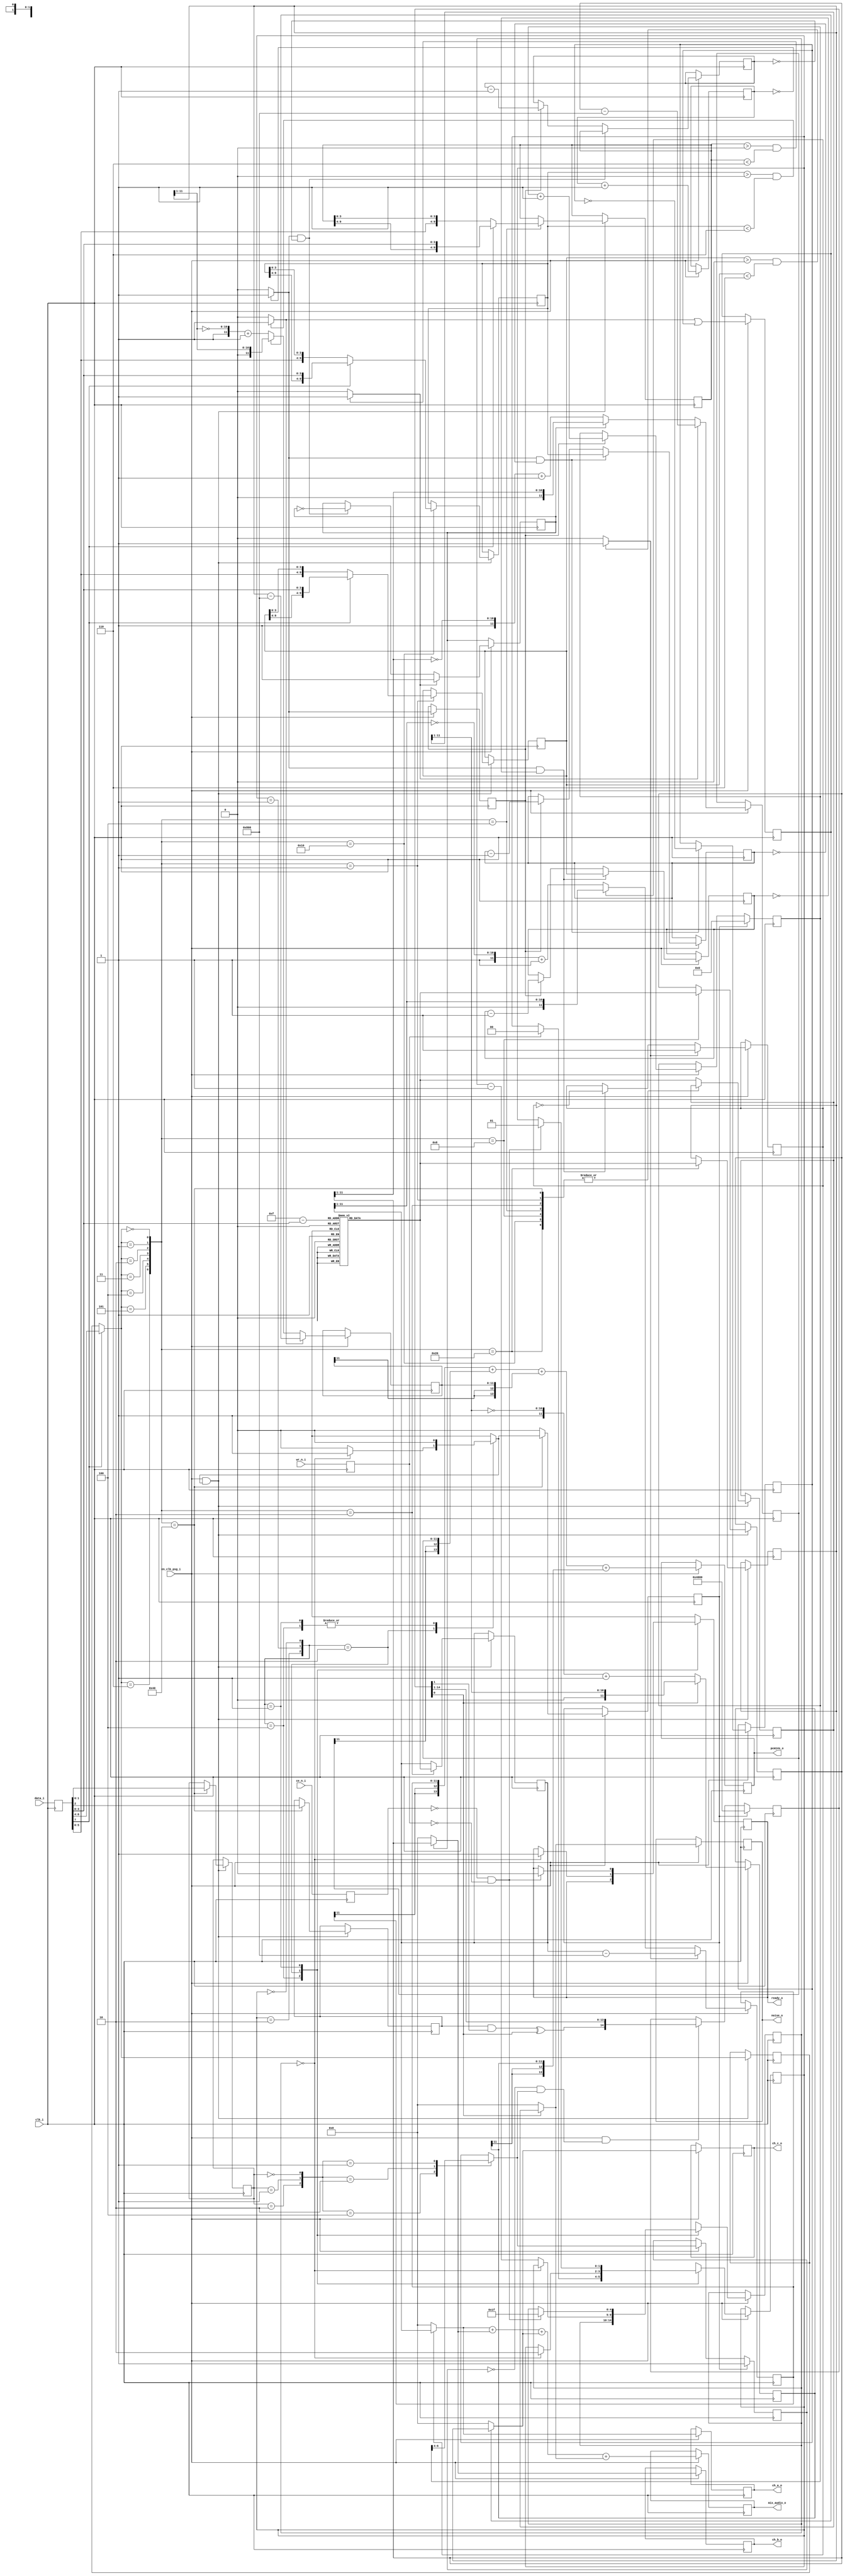
module sn76489_audio
  (input  clk_i,
   input  en_clk_psg_i,
   input  ce_n_i,
   input  wr_n_i,
   input  [7:0] data_i,
   output ready_o,
   output [11:0] ch_a_o,
   output [11:0] ch_b_o,
   output [11:0] ch_c_o,
   output [11:0] noise_o,
   output [13:0] mix_audio_o,
   output [13:0] pcm14s_o);
  reg ce_n_r;
  reg wr_n_r;
  reg [7:0] din_r;
  reg ready_r;
  wire ready_x;
  reg [1:0] io_state_r;
  wire [1:0] io_state_x;
  reg [4:0] io_cnt_r;
  wire [4:0] io_cnt_x;
  wire en_reg_wr_s;
  reg [2:0] reg_addr_r;
  wire [2:0] reg_sel_s;
  reg [9:0] ch_a_period_r;
  wire [9:0] ch_a_period_x;
  reg [11:0] ch_a_level_r;
  wire [11:0] ch_a_level_x;
  reg [9:0] ch_b_period_r;
  wire [9:0] ch_b_period_x;
  reg [11:0] ch_b_level_r;
  wire [11:0] ch_b_level_x;
  reg [9:0] ch_c_period_r;
  wire [9:0] ch_c_period_x;
  reg [11:0] ch_c_level_r;
  wire [11:0] ch_c_level_x;
  reg noise_ctrl_r;
  wire noise_ctrl_x;
  reg [1:0] noise_shift_r;
  wire [1:0] noise_shift_x;
  reg [11:0] noise_level_r;
  wire [11:0] noise_level_x;
  reg noise_rst_r;
  wire noise_rst_x;
  reg [3:0] clk_div16_r;
  wire [3:0] clk_div16_x;
  reg en_cnt_r;
  wire en_cnt_x;
  reg [9:0] ch_a_cnt_r;
  wire [9:0] ch_a_cnt_x;
  wire flatline_a_s;
  reg tone_a_r;
  wire tone_a_x;
  reg [9:0] ch_b_cnt_r;
  wire [9:0] ch_b_cnt_x;
  wire flatline_b_s;
  reg tone_b_r;
  wire tone_b_x;
  reg [9:0] ch_c_cnt_r;
  wire [9:0] ch_c_cnt_x;
  wire flatline_c_s;
  reg tone_c_r;
  wire tone_c_x;
  reg c_ff_r;
  wire c_ff_x;
  reg [6:0] noise_cnt_r;
  wire [6:0] noise_cnt_x;
  reg noise_ff_r;
  wire noise_ff_x;
  reg [14:0] noise_lfsr_r;
  wire [14:0] noise_lfsr_x;
  wire noise_fb_s;
  wire noise_s;
  wire [11:0] level_a_s;
  wire [11:0] level_b_s;
  wire [11:0] level_c_s;
  wire [11:0] level_n_s;
  reg [11:0] dac_a_r;
  reg [11:0] dac_b_r;
  reg [11:0] dac_c_r;
  reg [11:0] dac_n_r;
  reg [13:0] sum_audio_r;
  wire [11:0] dac_level_s;
  reg [191:0] dacrom_ar;
  reg [11:0] sign_a_r;
  wire [11:0] sign_a_x;
  reg [11:0] sign_b_r;
  wire [11:0] sign_b_x;
  reg [11:0] sign_c_r;
  wire [11:0] sign_c_x;
  reg [11:0] sign_n_r;
  wire [11:0] sign_n_x;
  reg [13:0] pcm14s_r;
  wire n56_o;
  wire n57_o;
  wire n58_o;
  wire n60_o;
  wire [1:0] n62_o;
  wire [4:0] n64_o;
  wire n66_o;
  wire n68_o;
  wire [4:0] n70_o;
  wire n72_o;
  wire [1:0] n74_o;
  wire [4:0] n75_o;
  wire n78_o;
  wire n80_o;
  wire [1:0] n82_o;
  wire n84_o;
  wire [2:0] n85_o;
  reg n87_o;
  reg [1:0] n89_o;
  reg [4:0] n91_o;
  reg n94_o;
  wire [3:0] n105_o;
  wire [3:0] n108_o;
  wire n112_o;
  wire n113_o;
  wire [2:0] n114_o;
  wire [2:0] n115_o;
  wire n116_o;
  wire n117_o;
  wire [5:0] n118_o;
  wire [3:0] n119_o;
  wire [9:0] n120_o;
  wire [5:0] n121_o;
  wire [3:0] n122_o;
  wire [9:0] n123_o;
  wire [9:0] n124_o;
  wire n126_o;
  wire n128_o;
  wire n129_o;
  wire n130_o;
  wire [5:0] n131_o;
  wire [3:0] n132_o;
  wire [9:0] n133_o;
  wire [5:0] n134_o;
  wire [3:0] n135_o;
  wire [9:0] n136_o;
  wire [9:0] n137_o;
  wire n139_o;
  wire n141_o;
  wire n142_o;
  wire n143_o;
  wire [5:0] n144_o;
  wire [3:0] n145_o;
  wire [9:0] n146_o;
  wire [5:0] n147_o;
  wire [3:0] n148_o;
  wire [9:0] n149_o;
  wire [9:0] n150_o;
  wire n152_o;
  wire n154_o;
  wire n155_o;
  wire [1:0] n156_o;
  wire n158_o;
  wire [6:0] n159_o;
  reg [9:0] n160_o;
  reg [11:0] n161_o;
  reg [9:0] n162_o;
  reg [11:0] n163_o;
  reg [9:0] n164_o;
  reg [11:0] n165_o;
  reg n166_o;
  reg [1:0] n167_o;
  reg [11:0] n168_o;
  reg n170_o;
  wire n186_o;
  wire n187_o;
  wire n188_o;
  wire n189_o;
  wire n190_o;
  wire n191_o;
  wire n192_o;
  wire n193_o;
  wire n194_o;
  wire n195_o;
  wire [3:0] n210_o;
  wire n213_o;
  wire n214_o;
  wire n225_o;
  wire n226_o;
  wire [9:0] n227_o;
  wire [9:0] n229_o;
  wire [9:0] n230_o;
  wire n233_o;
  wire n235_o;
  wire n236_o;
  wire n237_o;
  wire n240_o;
  wire n241_o;
  wire n243_o;
  wire n244_o;
  wire n245_o;
  wire n247_o;
  wire n248_o;
  wire [9:0] n249_o;
  wire [9:0] n251_o;
  wire [9:0] n252_o;
  wire n255_o;
  wire n257_o;
  wire n258_o;
  wire n259_o;
  wire n262_o;
  wire n263_o;
  wire n265_o;
  wire n266_o;
  wire n267_o;
  wire n269_o;
  wire n270_o;
  wire [9:0] n271_o;
  wire [9:0] n273_o;
  wire [9:0] n274_o;
  wire n277_o;
  wire n279_o;
  wire n280_o;
  wire n281_o;
  wire n283_o;
  wire n284_o;
  wire n286_o;
  wire n287_o;
  wire n288_o;
  wire [6:0] n308_o;
  wire [6:0] n309_o;
  wire n310_o;
  wire n312_o;
  wire n313_o;
  wire n315_o;
  wire n316_o;
  wire n318_o;
  wire [2:0] n319_o;
  reg n320_o;
  wire n321_o;
  wire n322_o;
  wire n323_o;
  wire n324_o;
  wire [13:0] n325_o;
  wire [14:0] n326_o;
  wire n327_o;
  wire n331_o;
  wire n332_o;
  wire [14:0] n333_o;
  wire [6:0] n334_o;
  wire n335_o;
  wire n336_o;
  wire [6:0] n338_o;
  wire n340_o;
  wire [14:0] n342_o;
  wire n348_o;
  wire [11:0] n349_o;
  wire n351_o;
  wire [11:0] n352_o;
  wire n354_o;
  wire [11:0] n355_o;
  wire n357_o;
  wire [11:0] n358_o;
  wire [13:0] n363_o;
  wire [13:0] n365_o;
  wire [13:0] n366_o;
  wire [13:0] n368_o;
  wire [13:0] n369_o;
  wire [13:0] n371_o;
  wire [13:0] n372_o;
  wire [11:0] n385_o;
  wire [11:0] n386_o;
  wire [10:0] n387_o;
  wire [10:0] n388_o;
  wire [11:0] n390_o;
  wire [11:0] n392_o;
  wire n393_o;
  wire [11:0] n394_o;
  wire [10:0] n395_o;
  wire [11:0] n397_o;
  wire [11:0] n399_o;
  wire [11:0] n400_o;
  wire [10:0] n401_o;
  wire [10:0] n402_o;
  wire [11:0] n404_o;
  wire [11:0] n406_o;
  wire n407_o;
  wire [11:0] n408_o;
  wire [10:0] n409_o;
  wire [11:0] n411_o;
  wire [11:0] n413_o;
  wire [11:0] n414_o;
  wire [10:0] n415_o;
  wire [10:0] n416_o;
  wire [11:0] n418_o;
  wire [11:0] n420_o;
  wire n421_o;
  wire [11:0] n422_o;
  wire [10:0] n423_o;
  wire [11:0] n425_o;
  wire [10:0] n426_o;
  wire [10:0] n427_o;
  wire [11:0] n429_o;
  wire [11:0] n431_o;
  wire n432_o;
  wire [11:0] n433_o;
  wire [10:0] n434_o;
  wire [11:0] n436_o;
  wire n440_o;
  wire n441_o;
  wire [1:0] n442_o;
  wire [13:0] n443_o;
  wire n444_o;
  wire n445_o;
  wire [1:0] n446_o;
  wire [13:0] n447_o;
  wire [13:0] n448_o;
  wire n449_o;
  wire n450_o;
  wire [1:0] n451_o;
  wire [13:0] n452_o;
  wire [13:0] n453_o;
  wire n454_o;
  wire n455_o;
  wire [1:0] n456_o;
  wire [13:0] n457_o;
  wire [13:0] n458_o;
  reg n470_q;
  reg n471_q;
  reg [7:0] n472_q;
  reg n473_q;
  wire [1:0] n474_o;
  reg [1:0] n475_q;
  wire [4:0] n476_o;
  reg [4:0] n477_q;
  wire [2:0] n478_o;
  reg [2:0] n479_q;
  wire [9:0] n480_o;
  reg [9:0] n481_q;
  wire [11:0] n482_o;
  reg [11:0] n483_q;
  wire [9:0] n484_o;
  reg [9:0] n485_q;
  wire [11:0] n486_o;
  reg [11:0] n487_q;
  wire [9:0] n488_o;
  reg [9:0] n489_q;
  wire [11:0] n490_o;
  reg [11:0] n491_q;
  wire n492_o;
  reg n493_q;
  wire [1:0] n494_o;
  reg [1:0] n495_q;
  wire [11:0] n496_o;
  reg [11:0] n497_q;
  wire n498_o;
  reg n499_q;
  wire [3:0] n500_o;
  reg [3:0] n501_q;
  wire n502_o;
  reg n503_q;
  wire [9:0] n504_o;
  reg [9:0] n505_q;
  wire n506_o;
  reg n507_q;
  wire [9:0] n508_o;
  reg [9:0] n509_q;
  wire n510_o;
  reg n511_q;
  wire [9:0] n512_o;
  reg [9:0] n513_q;
  wire n514_o;
  reg n515_q;
  wire n516_o;
  reg n517_q;
  reg [6:0] n518_q;
  reg n519_q;
  reg [14:0] n520_q;
  wire [11:0] n521_o;
  reg [11:0] n522_q;
  wire [11:0] n523_o;
  reg [11:0] n524_q;
  wire [11:0] n525_o;
  reg [11:0] n526_q;
  wire [11:0] n527_o;
  reg [11:0] n528_q;
  wire [13:0] n529_o;
  reg [13:0] n530_q;
  wire [11:0] n531_o;
  reg [11:0] n532_q;
  wire [11:0] n533_o;
  reg [11:0] n534_q;
  wire [11:0] n535_o;
  reg [11:0] n536_q;
  wire [11:0] n537_o;
  reg [11:0] n538_q;
  wire [13:0] n539_o;
  reg [13:0] n540_q;
  wire [11:0] n542_data; // mem_rd
  assign ready_o = ready_r;
  assign ch_a_o = dac_a_r;
  assign ch_b_o = dac_b_r;
  assign ch_c_o = dac_c_r;
  assign noise_o = dac_n_r;
  assign mix_audio_o = sum_audio_r;
  assign pcm14s_o = pcm14s_r;
  /* sn76489_audio.vhd:139:11  */
  always @*
    ce_n_r = n470_q; // (isignal)
  initial
    ce_n_r = 1'b1;
  /* sn76489_audio.vhd:140:11  */
  always @*
    wr_n_r = n471_q; // (isignal)
  initial
    wr_n_r = 1'b1;
  /* sn76489_audio.vhd:141:11  */
  always @*
    din_r = n472_q; // (isignal)
  initial
    din_r = 8'b00000000;
  /* sn76489_audio.vhd:142:11  */
  always @*
    ready_r = n473_q; // (isignal)
  initial
    ready_r = 1'b1;
  /* sn76489_audio.vhd:143:11  */
  assign ready_x = n87_o; // (signal)
  /* sn76489_audio.vhd:147:11  */
  always @*
    io_state_r = n475_q; // (isignal)
  initial
    io_state_r = 2'b00;
  /* sn76489_audio.vhd:148:11  */
  assign io_state_x = n89_o; // (signal)
  /* sn76489_audio.vhd:149:11  */
  always @*
    io_cnt_r = n477_q; // (isignal)
  initial
    io_cnt_r = 5'b00000;
  /* sn76489_audio.vhd:150:11  */
  assign io_cnt_x = n91_o; // (signal)
  /* sn76489_audio.vhd:151:11  */
  assign en_reg_wr_s = n94_o; // (signal)
  /* sn76489_audio.vhd:154:11  */
  always @*
    reg_addr_r = n479_q; // (isignal)
  initial
    reg_addr_r = 3'b000;
  /* sn76489_audio.vhd:155:11  */
  assign reg_sel_s = n115_o; // (signal)
  /* sn76489_audio.vhd:157:11  */
  always @*
    ch_a_period_r = n481_q; // (isignal)
  initial
    ch_a_period_r = 10'b0000000000;
  /* sn76489_audio.vhd:158:11  */
  assign ch_a_period_x = n160_o; // (signal)
  /* sn76489_audio.vhd:159:11  */
  always @*
    ch_a_level_r = n483_q; // (isignal)
  initial
    ch_a_level_r = 12'b000000000000;
  /* sn76489_audio.vhd:160:11  */
  assign ch_a_level_x = n161_o; // (signal)
  /* sn76489_audio.vhd:162:11  */
  always @*
    ch_b_period_r = n485_q; // (isignal)
  initial
    ch_b_period_r = 10'b0000000000;
  /* sn76489_audio.vhd:163:11  */
  assign ch_b_period_x = n162_o; // (signal)
  /* sn76489_audio.vhd:164:11  */
  always @*
    ch_b_level_r = n487_q; // (isignal)
  initial
    ch_b_level_r = 12'b000000000000;
  /* sn76489_audio.vhd:165:11  */
  assign ch_b_level_x = n163_o; // (signal)
  /* sn76489_audio.vhd:167:11  */
  always @*
    ch_c_period_r = n489_q; // (isignal)
  initial
    ch_c_period_r = 10'b0000000000;
  /* sn76489_audio.vhd:168:11  */
  assign ch_c_period_x = n164_o; // (signal)
  /* sn76489_audio.vhd:169:11  */
  always @*
    ch_c_level_r = n491_q; // (isignal)
  initial
    ch_c_level_r = 12'b000000000000;
  /* sn76489_audio.vhd:170:11  */
  assign ch_c_level_x = n165_o; // (signal)
  /* sn76489_audio.vhd:172:11  */
  always @*
    noise_ctrl_r = n493_q; // (isignal)
  initial
    noise_ctrl_r = 1'b0;
  /* sn76489_audio.vhd:173:11  */
  assign noise_ctrl_x = n166_o; // (signal)
  /* sn76489_audio.vhd:174:11  */
  always @*
    noise_shift_r = n495_q; // (isignal)
  initial
    noise_shift_r = 2'b00;
  /* sn76489_audio.vhd:175:11  */
  assign noise_shift_x = n167_o; // (signal)
  /* sn76489_audio.vhd:176:11  */
  always @*
    noise_level_r = n497_q; // (isignal)
  initial
    noise_level_r = 12'b000000000000;
  /* sn76489_audio.vhd:177:11  */
  assign noise_level_x = n168_o; // (signal)
  /* sn76489_audio.vhd:178:11  */
  always @*
    noise_rst_r = n499_q; // (isignal)
  initial
    noise_rst_r = 1'b0;
  /* sn76489_audio.vhd:179:11  */
  assign noise_rst_x = n170_o; // (signal)
  /* sn76489_audio.vhd:182:11  */
  always @*
    clk_div16_r = n501_q; // (isignal)
  initial
    clk_div16_r = 4'b0000;
  /* sn76489_audio.vhd:183:11  */
  assign clk_div16_x = n210_o; // (signal)
  /* sn76489_audio.vhd:184:11  */
  always @*
    en_cnt_r = n503_q; // (isignal)
  initial
    en_cnt_r = 1'b0;
  /* sn76489_audio.vhd:185:11  */
  assign en_cnt_x = n214_o; // (signal)
  /* sn76489_audio.vhd:188:11  */
  always @*
    ch_a_cnt_r = n505_q; // (isignal)
  initial
    ch_a_cnt_r = 10'b0000000000;
  /* sn76489_audio.vhd:189:11  */
  assign ch_a_cnt_x = n227_o; // (signal)
  /* sn76489_audio.vhd:190:11  */
  assign flatline_a_s = n237_o; // (signal)
  /* sn76489_audio.vhd:191:11  */
  always @*
    tone_a_r = n507_q; // (isignal)
  initial
    tone_a_r = 1'b1;
  /* sn76489_audio.vhd:192:11  */
  assign tone_a_x = n240_o; // (signal)
  /* sn76489_audio.vhd:194:11  */
  always @*
    ch_b_cnt_r = n509_q; // (isignal)
  initial
    ch_b_cnt_r = 10'b0000000000;
  /* sn76489_audio.vhd:195:11  */
  assign ch_b_cnt_x = n249_o; // (signal)
  /* sn76489_audio.vhd:196:11  */
  assign flatline_b_s = n259_o; // (signal)
  /* sn76489_audio.vhd:197:11  */
  always @*
    tone_b_r = n511_q; // (isignal)
  initial
    tone_b_r = 1'b1;
  /* sn76489_audio.vhd:198:11  */
  assign tone_b_x = n262_o; // (signal)
  /* sn76489_audio.vhd:200:11  */
  always @*
    ch_c_cnt_r = n513_q; // (isignal)
  initial
    ch_c_cnt_r = 10'b0000000000;
  /* sn76489_audio.vhd:201:11  */
  assign ch_c_cnt_x = n271_o; // (signal)
  /* sn76489_audio.vhd:202:11  */
  assign flatline_c_s = n281_o; // (signal)
  /* sn76489_audio.vhd:203:11  */
  always @*
    tone_c_r = n515_q; // (isignal)
  initial
    tone_c_r = 1'b1;
  /* sn76489_audio.vhd:204:11  */
  assign tone_c_x = n283_o; // (signal)
  /* sn76489_audio.vhd:205:11  */
  always @*
    c_ff_r = n517_q; // (isignal)
  initial
    c_ff_r = 1'b1;
  /* sn76489_audio.vhd:206:11  */
  assign c_ff_x = n288_o; // (signal)
  /* sn76489_audio.vhd:209:11  */
  always @*
    noise_cnt_r = n518_q; // (isignal)
  initial
    noise_cnt_r = 7'b0000000;
  /* sn76489_audio.vhd:210:11  */
  assign noise_cnt_x = n309_o; // (signal)
  /* sn76489_audio.vhd:211:11  */
  always @*
    noise_ff_r = n519_q; // (isignal)
  initial
    noise_ff_r = 1'b1;
  /* sn76489_audio.vhd:212:11  */
  assign noise_ff_x = n320_o; // (signal)
  /* sn76489_audio.vhd:215:11  */
  always @*
    noise_lfsr_r = n520_q; // (isignal)
  initial
    noise_lfsr_r = 15'b100000000000000;
  /* sn76489_audio.vhd:216:11  */
  assign noise_lfsr_x = n326_o; // (signal)
  /* sn76489_audio.vhd:217:11  */
  assign noise_fb_s = n324_o; // (signal)
  /* sn76489_audio.vhd:218:11  */
  assign noise_s = n327_o; // (signal)
  /* sn76489_audio.vhd:221:11  */
  assign level_a_s = n349_o; // (signal)
  /* sn76489_audio.vhd:222:11  */
  assign level_b_s = n352_o; // (signal)
  /* sn76489_audio.vhd:223:11  */
  assign level_c_s = n355_o; // (signal)
  /* sn76489_audio.vhd:224:11  */
  assign level_n_s = n358_o; // (signal)
  /* sn76489_audio.vhd:227:11  */
  always @*
    dac_a_r = n522_q; // (isignal)
  initial
    dac_a_r = 12'b000000000000;
  /* sn76489_audio.vhd:228:11  */
  always @*
    dac_b_r = n524_q; // (isignal)
  initial
    dac_b_r = 12'b000000000000;
  /* sn76489_audio.vhd:229:11  */
  always @*
    dac_c_r = n526_q; // (isignal)
  initial
    dac_c_r = 12'b000000000000;
  /* sn76489_audio.vhd:230:11  */
  always @*
    dac_n_r = n528_q; // (isignal)
  initial
    dac_n_r = 12'b000000000000;
  /* sn76489_audio.vhd:231:11  */
  always @*
    sum_audio_r = n530_q; // (isignal)
  initial
    sum_audio_r = 14'b00000000000000;
  /* sn76489_audio.vhd:271:11  */
  assign dac_level_s = n542_data; // (signal)
  /* sn76489_audio.vhd:274:11  */
  always @*
    dacrom_ar = 192'b111111111111110010110101101000011000100000000100011001011110010100001111010000000101001100110001001010001001001000000100000110011001000101000101000100000010000011001101000010100011000000000000; // (isignal)
  initial
    dacrom_ar = 192'b111111111111110010110101101000011000100000000100011001011110010100001111010000000101001100110001001010001001001000000100000110011001000101000101000100000010000011001101000010100011000000000000;
  /* sn76489_audio.vhd:281:11  */
  always @*
    sign_a_r = n532_q; // (isignal)
  initial
    sign_a_r = 12'b000000000000;
  /* sn76489_audio.vhd:282:11  */
  assign sign_a_x = n386_o; // (signal)
  /* sn76489_audio.vhd:283:11  */
  always @*
    sign_b_r = n534_q; // (isignal)
  initial
    sign_b_r = 12'b000000000000;
  /* sn76489_audio.vhd:284:11  */
  assign sign_b_x = n400_o; // (signal)
  /* sn76489_audio.vhd:285:11  */
  always @*
    sign_c_r = n536_q; // (isignal)
  initial
    sign_c_r = 12'b000000000000;
  /* sn76489_audio.vhd:286:11  */
  assign sign_c_x = n414_o; // (signal)
  /* sn76489_audio.vhd:287:11  */
  always @*
    sign_n_r = n538_q; // (isignal)
  initial
    sign_n_r = 12'b000000000000;
  /* sn76489_audio.vhd:288:11  */
  assign sign_n_x = n433_o; // (signal)
  /* sn76489_audio.vhd:289:11  */
  always @*
    pcm14s_r = n540_q; // (isignal)
  initial
    pcm14s_r = 14'b00000000000000;
  /* sn76489_audio.vhd:333:20  */
  assign n56_o = ~ce_n_r;
  /* sn76489_audio.vhd:333:37  */
  assign n57_o = ~wr_n_r;
  /* sn76489_audio.vhd:333:26  */
  assign n58_o = n56_o & n57_o;
  /* sn76489_audio.vhd:333:10  */
  assign n60_o = n58_o ? 1'b0 : ready_r;
  /* sn76489_audio.vhd:333:10  */
  assign n62_o = n58_o ? 2'b01 : io_state_r;
  /* sn76489_audio.vhd:333:10  */
  assign n64_o = n58_o ? 5'b11111 : io_cnt_r;
  /* sn76489_audio.vhd:331:7  */
  assign n66_o = io_state_r == 2'b00;
  /* sn76489_audio.vhd:347:22  */
  assign n68_o = io_cnt_r == 5'b00000;
  /* sn76489_audio.vhd:352:34  */
  assign n70_o = io_cnt_r - 5'b00001;
  /* sn76489_audio.vhd:347:10  */
  assign n72_o = n68_o ? 1'b1 : ready_r;
  /* sn76489_audio.vhd:347:10  */
  assign n74_o = n68_o ? 2'b10 : io_state_r;
  /* sn76489_audio.vhd:347:10  */
  assign n75_o = n68_o ? io_cnt_r : n70_o;
  /* sn76489_audio.vhd:347:10  */
  assign n78_o = n68_o ? 1'b1 : 1'b0;
  /* sn76489_audio.vhd:346:7  */
  assign n80_o = io_state_r == 2'b01;
  /* sn76489_audio.vhd:357:10  */
  assign n82_o = wr_n_r ? 2'b00 : io_state_r;
  /* sn76489_audio.vhd:355:7  */
  assign n84_o = io_state_r == 2'b10;
  assign n85_o = {n84_o, n80_o, n66_o};
  /* sn76489_audio.vhd:329:7  */
  always @*
    case (n85_o)
      3'b100: n87_o = ready_r;
      3'b010: n87_o = n72_o;
      3'b001: n87_o = n60_o;
      default: n87_o = 1'bX;
    endcase
  /* sn76489_audio.vhd:329:7  */
  always @*
    case (n85_o)
      3'b100: n89_o = n82_o;
      3'b010: n89_o = n74_o;
      3'b001: n89_o = n62_o;
      default: n89_o = 2'bX;
    endcase
  /* sn76489_audio.vhd:329:7  */
  always @*
    case (n85_o)
      3'b100: n91_o = io_cnt_r;
      3'b010: n91_o = n75_o;
      3'b001: n91_o = n64_o;
      default: n91_o = 5'bX;
    endcase
  /* sn76489_audio.vhd:329:7  */
  always @*
    case (n85_o)
      3'b100: n94_o = 1'b0;
      3'b010: n94_o = n78_o;
      3'b001: n94_o = 1'b0;
      default: n94_o = 1'bX;
    endcase
  /* sn76489_audio.vhd:404:54  */
  assign n105_o = din_r[3:0];
  /* sn76489_audio.vhd:404:29  */
  assign n108_o = 4'b1111 - n105_o;
  /* sn76489_audio.vhd:416:15  */
  assign n112_o = din_r[7];
  /* sn76489_audio.vhd:416:19  */
  assign n113_o = ~n112_o;
  /* sn76489_audio.vhd:419:28  */
  assign n114_o = din_r[6:4];
  /* sn76489_audio.vhd:416:7  */
  assign n115_o = n113_o ? reg_addr_r : n114_o;
  /* sn76489_audio.vhd:438:18  */
  assign n116_o = din_r[7];
  /* sn76489_audio.vhd:438:22  */
  assign n117_o = ~n116_o;
  /* sn76489_audio.vhd:439:35  */
  assign n118_o = din_r[5:0];
  /* sn76489_audio.vhd:439:63  */
  assign n119_o = ch_a_period_r[3:0];
  /* sn76489_audio.vhd:439:48  */
  assign n120_o = {n118_o, n119_o};
  /* sn76489_audio.vhd:441:43  */
  assign n121_o = ch_a_period_r[9:4];
  /* sn76489_audio.vhd:441:63  */
  assign n122_o = din_r[3:0];
  /* sn76489_audio.vhd:441:56  */
  assign n123_o = {n121_o, n122_o};
  /* sn76489_audio.vhd:438:10  */
  assign n124_o = n117_o ? n120_o : n123_o;
  /* sn76489_audio.vhd:437:7  */
  assign n126_o = reg_sel_s == 3'b000;
  /* sn76489_audio.vhd:444:7  */
  assign n128_o = reg_sel_s == 3'b001;
  /* sn76489_audio.vhd:448:18  */
  assign n129_o = din_r[7];
  /* sn76489_audio.vhd:448:22  */
  assign n130_o = ~n129_o;
  /* sn76489_audio.vhd:449:35  */
  assign n131_o = din_r[5:0];
  /* sn76489_audio.vhd:449:63  */
  assign n132_o = ch_b_period_r[3:0];
  /* sn76489_audio.vhd:449:48  */
  assign n133_o = {n131_o, n132_o};
  /* sn76489_audio.vhd:451:43  */
  assign n134_o = ch_b_period_r[9:4];
  /* sn76489_audio.vhd:451:63  */
  assign n135_o = din_r[3:0];
  /* sn76489_audio.vhd:451:56  */
  assign n136_o = {n134_o, n135_o};
  /* sn76489_audio.vhd:448:10  */
  assign n137_o = n130_o ? n133_o : n136_o;
  /* sn76489_audio.vhd:447:7  */
  assign n139_o = reg_sel_s == 3'b010;
  /* sn76489_audio.vhd:454:7  */
  assign n141_o = reg_sel_s == 3'b011;
  /* sn76489_audio.vhd:458:18  */
  assign n142_o = din_r[7];
  /* sn76489_audio.vhd:458:22  */
  assign n143_o = ~n142_o;
  /* sn76489_audio.vhd:459:35  */
  assign n144_o = din_r[5:0];
  /* sn76489_audio.vhd:459:63  */
  assign n145_o = ch_c_period_r[3:0];
  /* sn76489_audio.vhd:459:48  */
  assign n146_o = {n144_o, n145_o};
  /* sn76489_audio.vhd:461:43  */
  assign n147_o = ch_c_period_r[9:4];
  /* sn76489_audio.vhd:461:63  */
  assign n148_o = din_r[3:0];
  /* sn76489_audio.vhd:461:56  */
  assign n149_o = {n147_o, n148_o};
  /* sn76489_audio.vhd:458:10  */
  assign n150_o = n143_o ? n146_o : n149_o;
  /* sn76489_audio.vhd:457:7  */
  assign n152_o = reg_sel_s == 3'b100;
  /* sn76489_audio.vhd:464:7  */
  assign n154_o = reg_sel_s == 3'b101;
  /* sn76489_audio.vhd:468:32  */
  assign n155_o = din_r[2];
  /* sn76489_audio.vhd:469:32  */
  assign n156_o = din_r[1:0];
  /* sn76489_audio.vhd:467:7  */
  assign n158_o = reg_sel_s == 3'b110;
  assign n159_o = {n158_o, n154_o, n152_o, n141_o, n139_o, n128_o, n126_o};
  /* sn76489_audio.vhd:435:7  */
  always @*
    case (n159_o)
      7'b1000000: n160_o = ch_a_period_r;
      7'b0100000: n160_o = ch_a_period_r;
      7'b0010000: n160_o = ch_a_period_r;
      7'b0001000: n160_o = ch_a_period_r;
      7'b0000100: n160_o = ch_a_period_r;
      7'b0000010: n160_o = ch_a_period_r;
      7'b0000001: n160_o = n124_o;
      default: n160_o = ch_a_period_r;
    endcase
  /* sn76489_audio.vhd:435:7  */
  always @*
    case (n159_o)
      7'b1000000: n161_o = ch_a_level_r;
      7'b0100000: n161_o = ch_a_level_r;
      7'b0010000: n161_o = ch_a_level_r;
      7'b0001000: n161_o = ch_a_level_r;
      7'b0000100: n161_o = ch_a_level_r;
      7'b0000010: n161_o = dac_level_s;
      7'b0000001: n161_o = ch_a_level_r;
      default: n161_o = ch_a_level_r;
    endcase
  /* sn76489_audio.vhd:435:7  */
  always @*
    case (n159_o)
      7'b1000000: n162_o = ch_b_period_r;
      7'b0100000: n162_o = ch_b_period_r;
      7'b0010000: n162_o = ch_b_period_r;
      7'b0001000: n162_o = ch_b_period_r;
      7'b0000100: n162_o = n137_o;
      7'b0000010: n162_o = ch_b_period_r;
      7'b0000001: n162_o = ch_b_period_r;
      default: n162_o = ch_b_period_r;
    endcase
  /* sn76489_audio.vhd:435:7  */
  always @*
    case (n159_o)
      7'b1000000: n163_o = ch_b_level_r;
      7'b0100000: n163_o = ch_b_level_r;
      7'b0010000: n163_o = ch_b_level_r;
      7'b0001000: n163_o = dac_level_s;
      7'b0000100: n163_o = ch_b_level_r;
      7'b0000010: n163_o = ch_b_level_r;
      7'b0000001: n163_o = ch_b_level_r;
      default: n163_o = ch_b_level_r;
    endcase
  /* sn76489_audio.vhd:435:7  */
  always @*
    case (n159_o)
      7'b1000000: n164_o = ch_c_period_r;
      7'b0100000: n164_o = ch_c_period_r;
      7'b0010000: n164_o = n150_o;
      7'b0001000: n164_o = ch_c_period_r;
      7'b0000100: n164_o = ch_c_period_r;
      7'b0000010: n164_o = ch_c_period_r;
      7'b0000001: n164_o = ch_c_period_r;
      default: n164_o = ch_c_period_r;
    endcase
  /* sn76489_audio.vhd:435:7  */
  always @*
    case (n159_o)
      7'b1000000: n165_o = ch_c_level_r;
      7'b0100000: n165_o = dac_level_s;
      7'b0010000: n165_o = ch_c_level_r;
      7'b0001000: n165_o = ch_c_level_r;
      7'b0000100: n165_o = ch_c_level_r;
      7'b0000010: n165_o = ch_c_level_r;
      7'b0000001: n165_o = ch_c_level_r;
      default: n165_o = ch_c_level_r;
    endcase
  /* sn76489_audio.vhd:435:7  */
  always @*
    case (n159_o)
      7'b1000000: n166_o = n155_o;
      7'b0100000: n166_o = noise_ctrl_r;
      7'b0010000: n166_o = noise_ctrl_r;
      7'b0001000: n166_o = noise_ctrl_r;
      7'b0000100: n166_o = noise_ctrl_r;
      7'b0000010: n166_o = noise_ctrl_r;
      7'b0000001: n166_o = noise_ctrl_r;
      default: n166_o = noise_ctrl_r;
    endcase
  /* sn76489_audio.vhd:435:7  */
  always @*
    case (n159_o)
      7'b1000000: n167_o = n156_o;
      7'b0100000: n167_o = noise_shift_r;
      7'b0010000: n167_o = noise_shift_r;
      7'b0001000: n167_o = noise_shift_r;
      7'b0000100: n167_o = noise_shift_r;
      7'b0000010: n167_o = noise_shift_r;
      7'b0000001: n167_o = noise_shift_r;
      default: n167_o = noise_shift_r;
    endcase
  /* sn76489_audio.vhd:435:7  */
  always @*
    case (n159_o)
      7'b1000000: n168_o = noise_level_r;
      7'b0100000: n168_o = noise_level_r;
      7'b0010000: n168_o = noise_level_r;
      7'b0001000: n168_o = noise_level_r;
      7'b0000100: n168_o = noise_level_r;
      7'b0000010: n168_o = noise_level_r;
      7'b0000001: n168_o = noise_level_r;
      default: n168_o = dac_level_s;
    endcase
  /* sn76489_audio.vhd:435:7  */
  always @*
    case (n159_o)
      7'b1000000: n170_o = en_reg_wr_s;
      7'b0100000: n170_o = 1'b0;
      7'b0010000: n170_o = 1'b0;
      7'b0001000: n170_o = 1'b0;
      7'b0000100: n170_o = 1'b0;
      7'b0000010: n170_o = 1'b0;
      7'b0000001: n170_o = 1'b0;
      default: n170_o = 1'b0;
    endcase
  /* sn76489_audio.vhd:487:7  */
  assign n186_o = en_clk_psg_i & en_reg_wr_s;
  /* sn76489_audio.vhd:487:7  */
  assign n187_o = en_clk_psg_i & en_reg_wr_s;
  /* sn76489_audio.vhd:487:7  */
  assign n188_o = en_clk_psg_i & en_reg_wr_s;
  /* sn76489_audio.vhd:487:7  */
  assign n189_o = en_clk_psg_i & en_reg_wr_s;
  /* sn76489_audio.vhd:487:7  */
  assign n190_o = en_clk_psg_i & en_reg_wr_s;
  /* sn76489_audio.vhd:487:7  */
  assign n191_o = en_clk_psg_i & en_reg_wr_s;
  /* sn76489_audio.vhd:487:7  */
  assign n192_o = en_clk_psg_i & en_reg_wr_s;
  /* sn76489_audio.vhd:487:7  */
  assign n193_o = en_clk_psg_i & en_reg_wr_s;
  /* sn76489_audio.vhd:487:7  */
  assign n194_o = en_clk_psg_i & en_reg_wr_s;
  /* sn76489_audio.vhd:487:7  */
  assign n195_o = en_clk_psg_i & en_reg_wr_s;
  /* sn76489_audio.vhd:518:31  */
  assign n210_o = clk_div16_r + 4'b0001;
  /* sn76489_audio.vhd:519:40  */
  assign n213_o = clk_div16_r == 4'b0000;
  /* sn76489_audio.vhd:519:23  */
  assign n214_o = n213_o ? 1'b1 : 1'b0;
  /* sn76489_audio.vhd:640:58  */
  assign n225_o = ch_a_cnt_r == 10'b0000000000;
  /* sn76489_audio.vhd:640:43  */
  assign n226_o = en_cnt_x & n225_o;
  /* sn76489_audio.vhd:640:22  */
  assign n227_o = n226_o ? ch_a_period_r : n230_o;
  /* sn76489_audio.vhd:642:18  */
  assign n229_o = ch_a_cnt_r - 10'b0000000001;
  /* sn76489_audio.vhd:640:63  */
  assign n230_o = en_cnt_r ? n229_o : ch_a_cnt_r;
  /* sn76489_audio.vhd:646:30  */
  assign n233_o = $unsigned(ch_a_period_r) > $unsigned(10'b0000000000);
  /* sn76489_audio.vhd:646:52  */
  assign n235_o = $unsigned(ch_a_period_r) < $unsigned(10'b0000000110);
  /* sn76489_audio.vhd:646:34  */
  assign n236_o = n233_o & n235_o;
  /* sn76489_audio.vhd:646:11  */
  assign n237_o = n236_o ? 1'b1 : 1'b0;
  /* sn76489_audio.vhd:651:11  */
  assign n240_o = flatline_a_s ? 1'b1 : n245_o;
  /* sn76489_audio.vhd:654:7  */
  assign n241_o = ~tone_a_r;
  /* sn76489_audio.vhd:654:56  */
  assign n243_o = ch_a_cnt_r == 10'b0000000000;
  /* sn76489_audio.vhd:654:41  */
  assign n244_o = en_cnt_x & n243_o;
  /* sn76489_audio.vhd:651:35  */
  assign n245_o = n244_o ? n241_o : tone_a_r;
  /* sn76489_audio.vhd:659:57  */
  assign n247_o = ch_b_cnt_r == 10'b0000000000;
  /* sn76489_audio.vhd:659:42  */
  assign n248_o = en_cnt_x & n247_o;
  /* sn76489_audio.vhd:659:21  */
  assign n249_o = n248_o ? ch_b_period_r : n252_o;
  /* sn76489_audio.vhd:660:18  */
  assign n251_o = ch_b_cnt_r - 10'b0000000001;
  /* sn76489_audio.vhd:659:62  */
  assign n252_o = en_cnt_r ? n251_o : ch_b_cnt_r;
  /* sn76489_audio.vhd:664:30  */
  assign n255_o = $unsigned(ch_b_period_r) > $unsigned(10'b0000000000);
  /* sn76489_audio.vhd:664:52  */
  assign n257_o = $unsigned(ch_b_period_r) < $unsigned(10'b0000000110);
  /* sn76489_audio.vhd:664:34  */
  assign n258_o = n255_o & n257_o;
  /* sn76489_audio.vhd:664:11  */
  assign n259_o = n258_o ? 1'b1 : 1'b0;
  /* sn76489_audio.vhd:668:11  */
  assign n262_o = flatline_b_s ? 1'b1 : n267_o;
  /* sn76489_audio.vhd:669:7  */
  assign n263_o = ~tone_b_r;
  /* sn76489_audio.vhd:669:56  */
  assign n265_o = ch_b_cnt_r == 10'b0000000000;
  /* sn76489_audio.vhd:669:41  */
  assign n266_o = en_cnt_x & n265_o;
  /* sn76489_audio.vhd:668:35  */
  assign n267_o = n266_o ? n263_o : tone_b_r;
  /* sn76489_audio.vhd:674:57  */
  assign n269_o = ch_c_cnt_r == 10'b0000000000;
  /* sn76489_audio.vhd:674:42  */
  assign n270_o = en_cnt_x & n269_o;
  /* sn76489_audio.vhd:674:21  */
  assign n271_o = n270_o ? ch_c_period_r : n274_o;
  /* sn76489_audio.vhd:675:18  */
  assign n273_o = ch_c_cnt_r - 10'b0000000001;
  /* sn76489_audio.vhd:674:62  */
  assign n274_o = en_cnt_r ? n273_o : ch_c_cnt_r;
  /* sn76489_audio.vhd:679:30  */
  assign n277_o = $unsigned(ch_c_period_r) > $unsigned(10'b0000000000);
  /* sn76489_audio.vhd:679:52  */
  assign n279_o = $unsigned(ch_c_period_r) < $unsigned(10'b0000000110);
  /* sn76489_audio.vhd:679:34  */
  assign n280_o = n277_o & n279_o;
  /* sn76489_audio.vhd:679:11  */
  assign n281_o = n280_o ? 1'b1 : 1'b0;
  /* sn76489_audio.vhd:682:29  */
  assign n283_o = flatline_c_s | c_ff_r;
  /* sn76489_audio.vhd:689:7  */
  assign n284_o = ~c_ff_r;
  /* sn76489_audio.vhd:689:54  */
  assign n286_o = ch_c_cnt_r == 10'b0000000000;
  /* sn76489_audio.vhd:689:39  */
  assign n287_o = en_cnt_x & n286_o;
  /* sn76489_audio.vhd:689:18  */
  assign n288_o = n287_o ? n284_o : c_ff_r;
  /* sn76489_audio.vhd:722:19  */
  assign n308_o = noise_cnt_r + 7'b0000001;
  /* sn76489_audio.vhd:722:23  */
  assign n309_o = en_cnt_r ? n308_o : noise_cnt_r;
  /* sn76489_audio.vhd:727:18  */
  assign n310_o = noise_cnt_r[4];
  /* sn76489_audio.vhd:727:22  */
  assign n312_o = noise_shift_r == 2'b00;
  /* sn76489_audio.vhd:728:18  */
  assign n313_o = noise_cnt_r[5];
  /* sn76489_audio.vhd:728:22  */
  assign n315_o = noise_shift_r == 2'b01;
  /* sn76489_audio.vhd:729:18  */
  assign n316_o = noise_cnt_r[6];
  /* sn76489_audio.vhd:729:22  */
  assign n318_o = noise_shift_r == 2'b10;
  assign n319_o = {n318_o, n315_o, n312_o};
  /* sn76489_audio.vhd:725:4  */
  always @*
    case (n319_o)
      3'b100: n320_o = n316_o;
      3'b010: n320_o = n313_o;
      3'b001: n320_o = n310_o;
      default: n320_o = c_ff_r;
    endcase
  /* sn76489_audio.vhd:759:37  */
  assign n321_o = noise_lfsr_r[1];
  /* sn76489_audio.vhd:759:21  */
  assign n322_o = noise_ctrl_r & n321_o;
  /* sn76489_audio.vhd:759:58  */
  assign n323_o = noise_lfsr_r[0];
  /* sn76489_audio.vhd:759:42  */
  assign n324_o = n322_o ^ n323_o;
  /* sn76489_audio.vhd:760:45  */
  assign n325_o = noise_lfsr_r[14:1];
  /* sn76489_audio.vhd:760:31  */
  assign n326_o = {noise_fb_s, n325_o};
  /* sn76489_audio.vhd:761:27  */
  assign n327_o = noise_lfsr_r[0];
  /* sn76489_audio.vhd:779:24  */
  assign n331_o = ~noise_ff_r;
  /* sn76489_audio.vhd:779:30  */
  assign n332_o = n331_o & noise_ff_x;
  /* sn76489_audio.vhd:775:7  */
  assign n333_o = n336_o ? noise_lfsr_x : noise_lfsr_r;
  /* sn76489_audio.vhd:775:7  */
  assign n334_o = en_clk_psg_i ? noise_cnt_x : noise_cnt_r;
  /* sn76489_audio.vhd:775:7  */
  assign n335_o = en_clk_psg_i ? noise_ff_x : noise_ff_r;
  /* sn76489_audio.vhd:775:7  */
  assign n336_o = en_clk_psg_i & n332_o;
  /* sn76489_audio.vhd:770:7  */
  assign n338_o = noise_rst_r ? 7'b0000000 : n334_o;
  /* sn76489_audio.vhd:770:7  */
  assign n340_o = noise_rst_r ? 1'b1 : n335_o;
  /* sn76489_audio.vhd:770:7  */
  assign n342_o = noise_rst_r ? 15'b100000000000000 : n333_o;
  /* sn76489_audio.vhd:798:37  */
  assign n348_o = ~tone_a_r;
  /* sn76489_audio.vhd:798:23  */
  assign n349_o = n348_o ? 12'b000000000000 : ch_a_level_r;
  /* sn76489_audio.vhd:802:37  */
  assign n351_o = ~tone_b_r;
  /* sn76489_audio.vhd:802:23  */
  assign n352_o = n351_o ? 12'b000000000000 : ch_b_level_r;
  /* sn76489_audio.vhd:806:37  */
  assign n354_o = ~tone_c_r;
  /* sn76489_audio.vhd:806:23  */
  assign n355_o = n354_o ? 12'b000000000000 : ch_c_level_r;
  /* sn76489_audio.vhd:810:36  */
  assign n357_o = ~noise_s;
  /* sn76489_audio.vhd:810:23  */
  assign n358_o = n357_o ? 12'b000000000000 : noise_level_r;
  /* sn76489_audio.vhd:838:28  */
  assign n363_o = {2'b00, level_a_s};
  /* sn76489_audio.vhd:838:49  */
  assign n365_o = {2'b00, level_b_s};
  /* sn76489_audio.vhd:838:41  */
  assign n366_o = n363_o + n365_o;
  /* sn76489_audio.vhd:839:28  */
  assign n368_o = {2'b00, level_c_s};
  /* sn76489_audio.vhd:838:62  */
  assign n369_o = n366_o + n368_o;
  /* sn76489_audio.vhd:839:49  */
  assign n371_o = {2'b00, level_n_s};
  /* sn76489_audio.vhd:839:41  */
  assign n372_o = n369_o + n371_o;
  /* sn76489_audio.vhd:864:20  */
  assign n385_o = ch_a_level_r - 12'b100000000000;
  /* sn76489_audio.vhd:864:47  */
  assign n386_o = flatline_a_s ? n385_o : n394_o;
  /* sn76489_audio.vhd:865:31  */
  assign n387_o = ch_a_level_r[11:1];
  /* sn76489_audio.vhd:865:15  */
  assign n388_o = ~n387_o;
  /* sn76489_audio.vhd:865:12  */
  assign n390_o = {1'b1, n388_o};
  /* sn76489_audio.vhd:865:47  */
  assign n392_o = n390_o + 12'b000000000001;
  /* sn76489_audio.vhd:865:65  */
  assign n393_o = ~tone_a_r;
  /* sn76489_audio.vhd:864:71  */
  assign n394_o = n393_o ? n392_o : n397_o;
  /* sn76489_audio.vhd:866:31  */
  assign n395_o = ch_a_level_r[11:1];
  /* sn76489_audio.vhd:866:12  */
  assign n397_o = {1'b0, n395_o};
  /* sn76489_audio.vhd:869:20  */
  assign n399_o = ch_b_level_r - 12'b100000000000;
  /* sn76489_audio.vhd:869:47  */
  assign n400_o = flatline_b_s ? n399_o : n408_o;
  /* sn76489_audio.vhd:870:31  */
  assign n401_o = ch_b_level_r[11:1];
  /* sn76489_audio.vhd:870:15  */
  assign n402_o = ~n401_o;
  /* sn76489_audio.vhd:870:12  */
  assign n404_o = {1'b1, n402_o};
  /* sn76489_audio.vhd:870:47  */
  assign n406_o = n404_o + 12'b000000000001;
  /* sn76489_audio.vhd:870:65  */
  assign n407_o = ~tone_b_r;
  /* sn76489_audio.vhd:869:71  */
  assign n408_o = n407_o ? n406_o : n411_o;
  /* sn76489_audio.vhd:871:31  */
  assign n409_o = ch_b_level_r[11:1];
  /* sn76489_audio.vhd:871:12  */
  assign n411_o = {1'b0, n409_o};
  /* sn76489_audio.vhd:874:20  */
  assign n413_o = ch_c_level_r - 12'b100000000000;
  /* sn76489_audio.vhd:874:47  */
  assign n414_o = flatline_c_s ? n413_o : n422_o;
  /* sn76489_audio.vhd:875:31  */
  assign n415_o = ch_c_level_r[11:1];
  /* sn76489_audio.vhd:875:15  */
  assign n416_o = ~n415_o;
  /* sn76489_audio.vhd:875:12  */
  assign n418_o = {1'b1, n416_o};
  /* sn76489_audio.vhd:875:47  */
  assign n420_o = n418_o + 12'b000000000001;
  /* sn76489_audio.vhd:875:65  */
  assign n421_o = ~tone_c_r;
  /* sn76489_audio.vhd:874:71  */
  assign n422_o = n421_o ? n420_o : n425_o;
  /* sn76489_audio.vhd:876:31  */
  assign n423_o = ch_c_level_r[11:1];
  /* sn76489_audio.vhd:876:12  */
  assign n425_o = {1'b0, n423_o};
  /* sn76489_audio.vhd:879:32  */
  assign n426_o = noise_level_r[11:1];
  /* sn76489_audio.vhd:879:15  */
  assign n427_o = ~n426_o;
  /* sn76489_audio.vhd:879:12  */
  assign n429_o = {1'b1, n427_o};
  /* sn76489_audio.vhd:879:48  */
  assign n431_o = n429_o + 12'b000000000001;
  /* sn76489_audio.vhd:879:65  */
  assign n432_o = ~noise_s;
  /* sn76489_audio.vhd:879:52  */
  assign n433_o = n432_o ? n431_o : n436_o;
  /* sn76489_audio.vhd:880:32  */
  assign n434_o = noise_level_r[11:1];
  /* sn76489_audio.vhd:880:12  */
  assign n436_o = {1'b0, n434_o};
  /* sn76489_audio.vhd:899:19  */
  assign n440_o = sign_a_r[11];
  /* sn76489_audio.vhd:899:34  */
  assign n441_o = sign_a_r[11];
  /* sn76489_audio.vhd:899:24  */
  assign n442_o = {n440_o, n441_o};
  /* sn76489_audio.vhd:899:39  */
  assign n443_o = {n442_o, sign_a_r};
  /* sn76489_audio.vhd:900:19  */
  assign n444_o = sign_b_r[11];
  /* sn76489_audio.vhd:900:34  */
  assign n445_o = sign_b_r[11];
  /* sn76489_audio.vhd:900:24  */
  assign n446_o = {n444_o, n445_o};
  /* sn76489_audio.vhd:900:39  */
  assign n447_o = {n446_o, sign_b_r};
  /* sn76489_audio.vhd:899:51  */
  assign n448_o = n443_o + n447_o;
  /* sn76489_audio.vhd:901:19  */
  assign n449_o = sign_c_r[11];
  /* sn76489_audio.vhd:901:34  */
  assign n450_o = sign_c_r[11];
  /* sn76489_audio.vhd:901:24  */
  assign n451_o = {n449_o, n450_o};
  /* sn76489_audio.vhd:901:39  */
  assign n452_o = {n451_o, sign_c_r};
  /* sn76489_audio.vhd:900:51  */
  assign n453_o = n448_o + n452_o;
  /* sn76489_audio.vhd:902:19  */
  assign n454_o = sign_n_r[11];
  /* sn76489_audio.vhd:902:34  */
  assign n455_o = sign_n_r[11];
  /* sn76489_audio.vhd:902:24  */
  assign n456_o = {n454_o, n455_o};
  /* sn76489_audio.vhd:902:39  */
  assign n457_o = {n456_o, sign_n_r};
  /* sn76489_audio.vhd:901:51  */
  assign n458_o = n453_o + n457_o;
  /* sn76489_audio.vhd:295:4  */
  always @(posedge clk_i)
    n470_q <= ce_n_i;
  initial
    n470_q = 1'b1;
  /* sn76489_audio.vhd:295:4  */
  always @(posedge clk_i)
    n471_q <= wr_n_i;
  initial
    n471_q = 1'b1;
  /* sn76489_audio.vhd:295:4  */
  always @(posedge clk_i)
    n472_q <= data_i;
  initial
    n472_q = 8'b00000000;
  /* sn76489_audio.vhd:295:4  */
  always @(posedge clk_i)
    n473_q <= ready_x;
  initial
    n473_q = 1'b1;
  /* sn76489_audio.vhd:368:4  */
  assign n474_o = en_clk_psg_i ? io_state_x : io_state_r;
  /* sn76489_audio.vhd:368:4  */
  always @(posedge clk_i)
    n475_q <= n474_o;
  initial
    n475_q = 2'b00;
  /* sn76489_audio.vhd:368:4  */
  assign n476_o = en_clk_psg_i ? io_cnt_x : io_cnt_r;
  /* sn76489_audio.vhd:368:4  */
  always @(posedge clk_i)
    n477_q <= n476_o;
  initial
    n477_q = 5'b00000;
  /* sn76489_audio.vhd:486:4  */
  assign n478_o = n186_o ? reg_sel_s : reg_addr_r;
  /* sn76489_audio.vhd:486:4  */
  always @(posedge clk_i)
    n479_q <= n478_o;
  initial
    n479_q = 3'b000;
  /* sn76489_audio.vhd:486:4  */
  assign n480_o = n187_o ? ch_a_period_x : ch_a_period_r;
  /* sn76489_audio.vhd:486:4  */
  always @(posedge clk_i)
    n481_q <= n480_o;
  initial
    n481_q = 10'b0000000000;
  /* sn76489_audio.vhd:486:4  */
  assign n482_o = n188_o ? ch_a_level_x : ch_a_level_r;
  /* sn76489_audio.vhd:486:4  */
  always @(posedge clk_i)
    n483_q <= n482_o;
  initial
    n483_q = 12'b000000000000;
  /* sn76489_audio.vhd:486:4  */
  assign n484_o = n189_o ? ch_b_period_x : ch_b_period_r;
  /* sn76489_audio.vhd:486:4  */
  always @(posedge clk_i)
    n485_q <= n484_o;
  initial
    n485_q = 10'b0000000000;
  /* sn76489_audio.vhd:486:4  */
  assign n486_o = n190_o ? ch_b_level_x : ch_b_level_r;
  /* sn76489_audio.vhd:486:4  */
  always @(posedge clk_i)
    n487_q <= n486_o;
  initial
    n487_q = 12'b000000000000;
  /* sn76489_audio.vhd:486:4  */
  assign n488_o = n191_o ? ch_c_period_x : ch_c_period_r;
  /* sn76489_audio.vhd:486:4  */
  always @(posedge clk_i)
    n489_q <= n488_o;
  initial
    n489_q = 10'b0000000000;
  /* sn76489_audio.vhd:486:4  */
  assign n490_o = n192_o ? ch_c_level_x : ch_c_level_r;
  /* sn76489_audio.vhd:486:4  */
  always @(posedge clk_i)
    n491_q <= n490_o;
  initial
    n491_q = 12'b000000000000;
  /* sn76489_audio.vhd:486:4  */
  assign n492_o = n193_o ? noise_ctrl_x : noise_ctrl_r;
  /* sn76489_audio.vhd:486:4  */
  always @(posedge clk_i)
    n493_q <= n492_o;
  initial
    n493_q = 1'b0;
  /* sn76489_audio.vhd:486:4  */
  assign n494_o = n194_o ? noise_shift_x : noise_shift_r;
  /* sn76489_audio.vhd:486:4  */
  always @(posedge clk_i)
    n495_q <= n494_o;
  initial
    n495_q = 2'b00;
  /* sn76489_audio.vhd:486:4  */
  assign n496_o = n195_o ? noise_level_x : noise_level_r;
  /* sn76489_audio.vhd:486:4  */
  always @(posedge clk_i)
    n497_q <= n496_o;
  initial
    n497_q = 12'b000000000000;
  /* sn76489_audio.vhd:486:4  */
  assign n498_o = en_clk_psg_i ? noise_rst_x : noise_rst_r;
  /* sn76489_audio.vhd:486:4  */
  always @(posedge clk_i)
    n499_q <= n498_o;
  initial
    n499_q = 1'b0;
  /* sn76489_audio.vhd:524:4  */
  assign n500_o = en_clk_psg_i ? clk_div16_x : clk_div16_r;
  /* sn76489_audio.vhd:524:4  */
  always @(posedge clk_i)
    n501_q <= n500_o;
  initial
    n501_q = 4'b0000;
  /* sn76489_audio.vhd:524:4  */
  assign n502_o = en_clk_psg_i ? en_cnt_x : en_cnt_r;
  /* sn76489_audio.vhd:524:4  */
  always @(posedge clk_i)
    n503_q <= n502_o;
  initial
    n503_q = 1'b0;
  /* sn76489_audio.vhd:696:4  */
  assign n504_o = en_clk_psg_i ? ch_a_cnt_x : ch_a_cnt_r;
  /* sn76489_audio.vhd:696:4  */
  always @(posedge clk_i)
    n505_q <= n504_o;
  initial
    n505_q = 10'b0000000000;
  /* sn76489_audio.vhd:696:4  */
  assign n506_o = en_clk_psg_i ? tone_a_x : tone_a_r;
  /* sn76489_audio.vhd:696:4  */
  always @(posedge clk_i)
    n507_q <= n506_o;
  initial
    n507_q = 1'b1;
  /* sn76489_audio.vhd:696:4  */
  assign n508_o = en_clk_psg_i ? ch_b_cnt_x : ch_b_cnt_r;
  /* sn76489_audio.vhd:696:4  */
  always @(posedge clk_i)
    n509_q <= n508_o;
  initial
    n509_q = 10'b0000000000;
  /* sn76489_audio.vhd:696:4  */
  assign n510_o = en_clk_psg_i ? tone_b_x : tone_b_r;
  /* sn76489_audio.vhd:696:4  */
  always @(posedge clk_i)
    n511_q <= n510_o;
  initial
    n511_q = 1'b1;
  /* sn76489_audio.vhd:696:4  */
  assign n512_o = en_clk_psg_i ? ch_c_cnt_x : ch_c_cnt_r;
  /* sn76489_audio.vhd:696:4  */
  always @(posedge clk_i)
    n513_q <= n512_o;
  initial
    n513_q = 10'b0000000000;
  /* sn76489_audio.vhd:696:4  */
  assign n514_o = en_clk_psg_i ? tone_c_x : tone_c_r;
  /* sn76489_audio.vhd:696:4  */
  always @(posedge clk_i)
    n515_q <= n514_o;
  initial
    n515_q = 1'b1;
  /* sn76489_audio.vhd:696:4  */
  assign n516_o = en_clk_psg_i ? c_ff_x : c_ff_r;
  /* sn76489_audio.vhd:696:4  */
  always @(posedge clk_i)
    n517_q <= n516_o;
  initial
    n517_q = 1'b1;
  /* sn76489_audio.vhd:767:4  */
  always @(posedge clk_i)
    n518_q <= n338_o;
  initial
    n518_q = 7'b0000000;
  /* sn76489_audio.vhd:767:4  */
  always @(posedge clk_i)
    n519_q <= n340_o;
  initial
    n519_q = 1'b1;
  /* sn76489_audio.vhd:767:4  */
  always @(posedge clk_i)
    n520_q <= n342_o;
  initial
    n520_q = 15'b100000000000000;
  /* sn76489_audio.vhd:829:4  */
  assign n521_o = en_clk_psg_i ? level_a_s : dac_a_r;
  /* sn76489_audio.vhd:829:4  */
  always @(posedge clk_i)
    n522_q <= n521_o;
  initial
    n522_q = 12'b000000000000;
  /* sn76489_audio.vhd:829:4  */
  assign n523_o = en_clk_psg_i ? level_b_s : dac_b_r;
  /* sn76489_audio.vhd:829:4  */
  always @(posedge clk_i)
    n524_q <= n523_o;
  initial
    n524_q = 12'b000000000000;
  /* sn76489_audio.vhd:829:4  */
  assign n525_o = en_clk_psg_i ? level_c_s : dac_c_r;
  /* sn76489_audio.vhd:829:4  */
  always @(posedge clk_i)
    n526_q <= n525_o;
  initial
    n526_q = 12'b000000000000;
  /* sn76489_audio.vhd:829:4  */
  assign n527_o = en_clk_psg_i ? level_n_s : dac_n_r;
  /* sn76489_audio.vhd:829:4  */
  always @(posedge clk_i)
    n528_q <= n527_o;
  initial
    n528_q = 12'b000000000000;
  /* sn76489_audio.vhd:829:4  */
  assign n529_o = en_clk_psg_i ? n372_o : sum_audio_r;
  /* sn76489_audio.vhd:829:4  */
  always @(posedge clk_i)
    n530_q <= n529_o;
  initial
    n530_q = 14'b00000000000000;
  /* sn76489_audio.vhd:889:4  */
  assign n531_o = en_clk_psg_i ? sign_a_x : sign_a_r;
  /* sn76489_audio.vhd:889:4  */
  always @(posedge clk_i)
    n532_q <= n531_o;
  initial
    n532_q = 12'b000000000000;
  /* sn76489_audio.vhd:889:4  */
  assign n533_o = en_clk_psg_i ? sign_b_x : sign_b_r;
  /* sn76489_audio.vhd:889:4  */
  always @(posedge clk_i)
    n534_q <= n533_o;
  initial
    n534_q = 12'b000000000000;
  /* sn76489_audio.vhd:889:4  */
  assign n535_o = en_clk_psg_i ? sign_c_x : sign_c_r;
  /* sn76489_audio.vhd:889:4  */
  always @(posedge clk_i)
    n536_q <= n535_o;
  initial
    n536_q = 12'b000000000000;
  /* sn76489_audio.vhd:889:4  */
  assign n537_o = en_clk_psg_i ? sign_n_x : sign_n_r;
  /* sn76489_audio.vhd:889:4  */
  always @(posedge clk_i)
    n538_q <= n537_o;
  initial
    n538_q = 12'b000000000000;
  /* sn76489_audio.vhd:889:4  */
  assign n539_o = en_clk_psg_i ? n458_o : pcm14s_r;
  /* sn76489_audio.vhd:889:4  */
  always @(posedge clk_i)
    n540_q <= n539_o;
  initial
    n540_q = 14'b00000000000000;
  /* sn76489_audio.vhd:132:6  */
  reg [11:0] n541[15:0] ; // memory
  initial begin
    n541[15] = 12'b111111111111;
    n541[14] = 12'b110010110101;
    n541[13] = 12'b101000011000;
    n541[12] = 12'b100000000100;
    n541[11] = 12'b011001011110;
    n541[10] = 12'b010100001111;
    n541[9] = 12'b010000000101;
    n541[8] = 12'b001100110001;
    n541[7] = 12'b001010001001;
    n541[6] = 12'b001000000100;
    n541[5] = 12'b000110011001;
    n541[4] = 12'b000101000101;
    n541[3] = 12'b000100000010;
    n541[2] = 12'b000011001101;
    n541[1] = 12'b000010100011;
    n541[0] = 12'b000000000000;
    end
  assign n542_data = n541[n108_o];
  /* sn76489_audio.vhd:404:29  */
endmodule